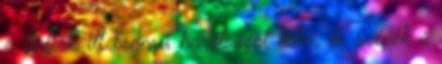
a férfiak, itt könnyű barátságot kötni, és szépek a